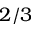
2 / 3